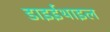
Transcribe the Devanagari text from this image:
डाइईथाइल